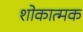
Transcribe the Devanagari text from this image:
शोकात्मक